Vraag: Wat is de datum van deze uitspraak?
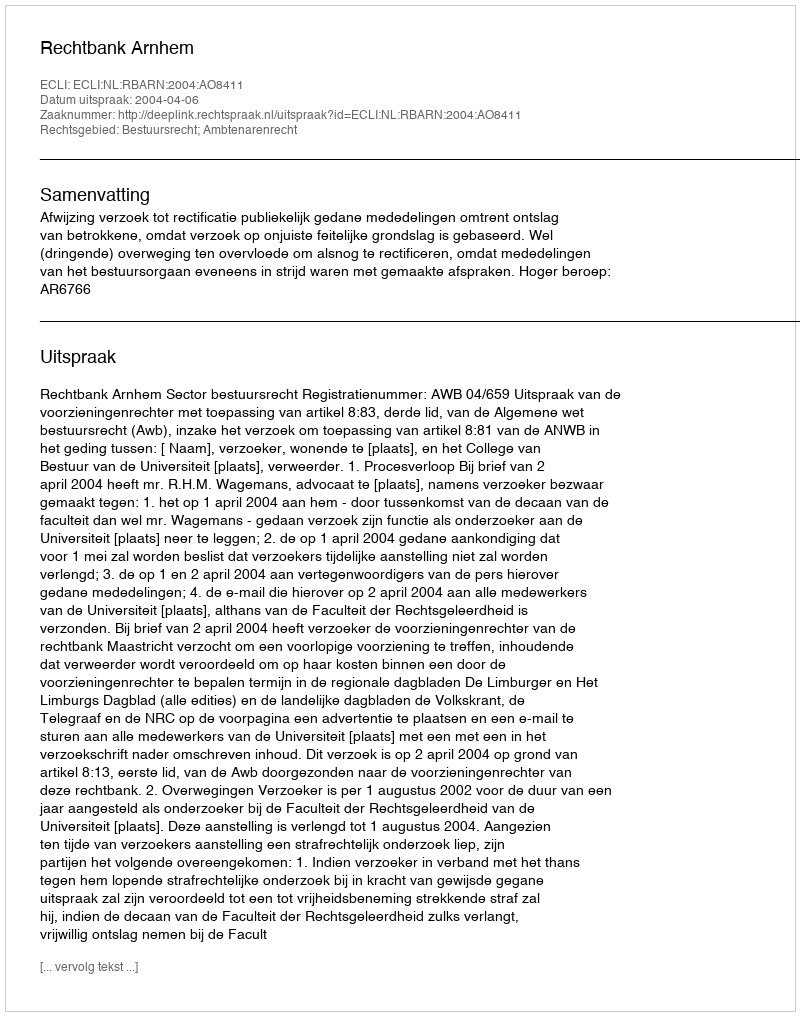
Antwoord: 2004-04-06